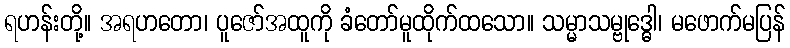
ရဟန်းတို့။ အရဟတော၊ ပူဇော်အထူကို ခံတော်မူထိုက်ထသော။ သမ္မာသမ္ဗုဒ္ဓေါ၊ မဖောက်မပြန်